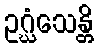
ဥဂ္ဃံသေန္တိ